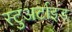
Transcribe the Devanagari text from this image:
स्टुअर्टाइड